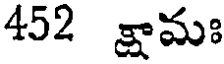
452 క్షామః